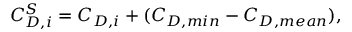
C _ { D , i } ^ { S } = C _ { D , i } + ( C _ { D , m i n } - C _ { D , m e a n } ) ,